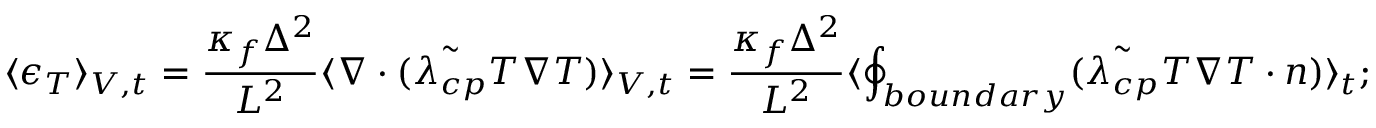
\langle \epsilon _ { T } \rangle _ { V , t } = \frac { \kappa _ { f } \Delta ^ { 2 } } { L ^ { 2 } } \langle \boldsymbol { \nabla } \cdot ( \tilde { \lambda _ { c p } } T \boldsymbol { \nabla } T ) \rangle _ { V , t } = \frac { \kappa _ { f } \Delta ^ { 2 } } { L ^ { 2 } } \langle \displaystyle \oint _ { b o u n d a r y } ( \tilde { \lambda _ { c p } } T \boldsymbol { \nabla } T \cdot \boldsymbol { n } ) \rangle _ { t } ;